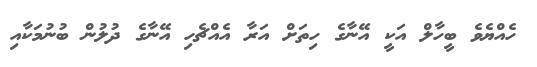
ހެއްޔެވެ ބީހާލް އަކީ އޭނާގެ ހިތަށް އަރާ އެއްޗެހި އޭނާގެ ދުލުން ބުނުމަކާއި